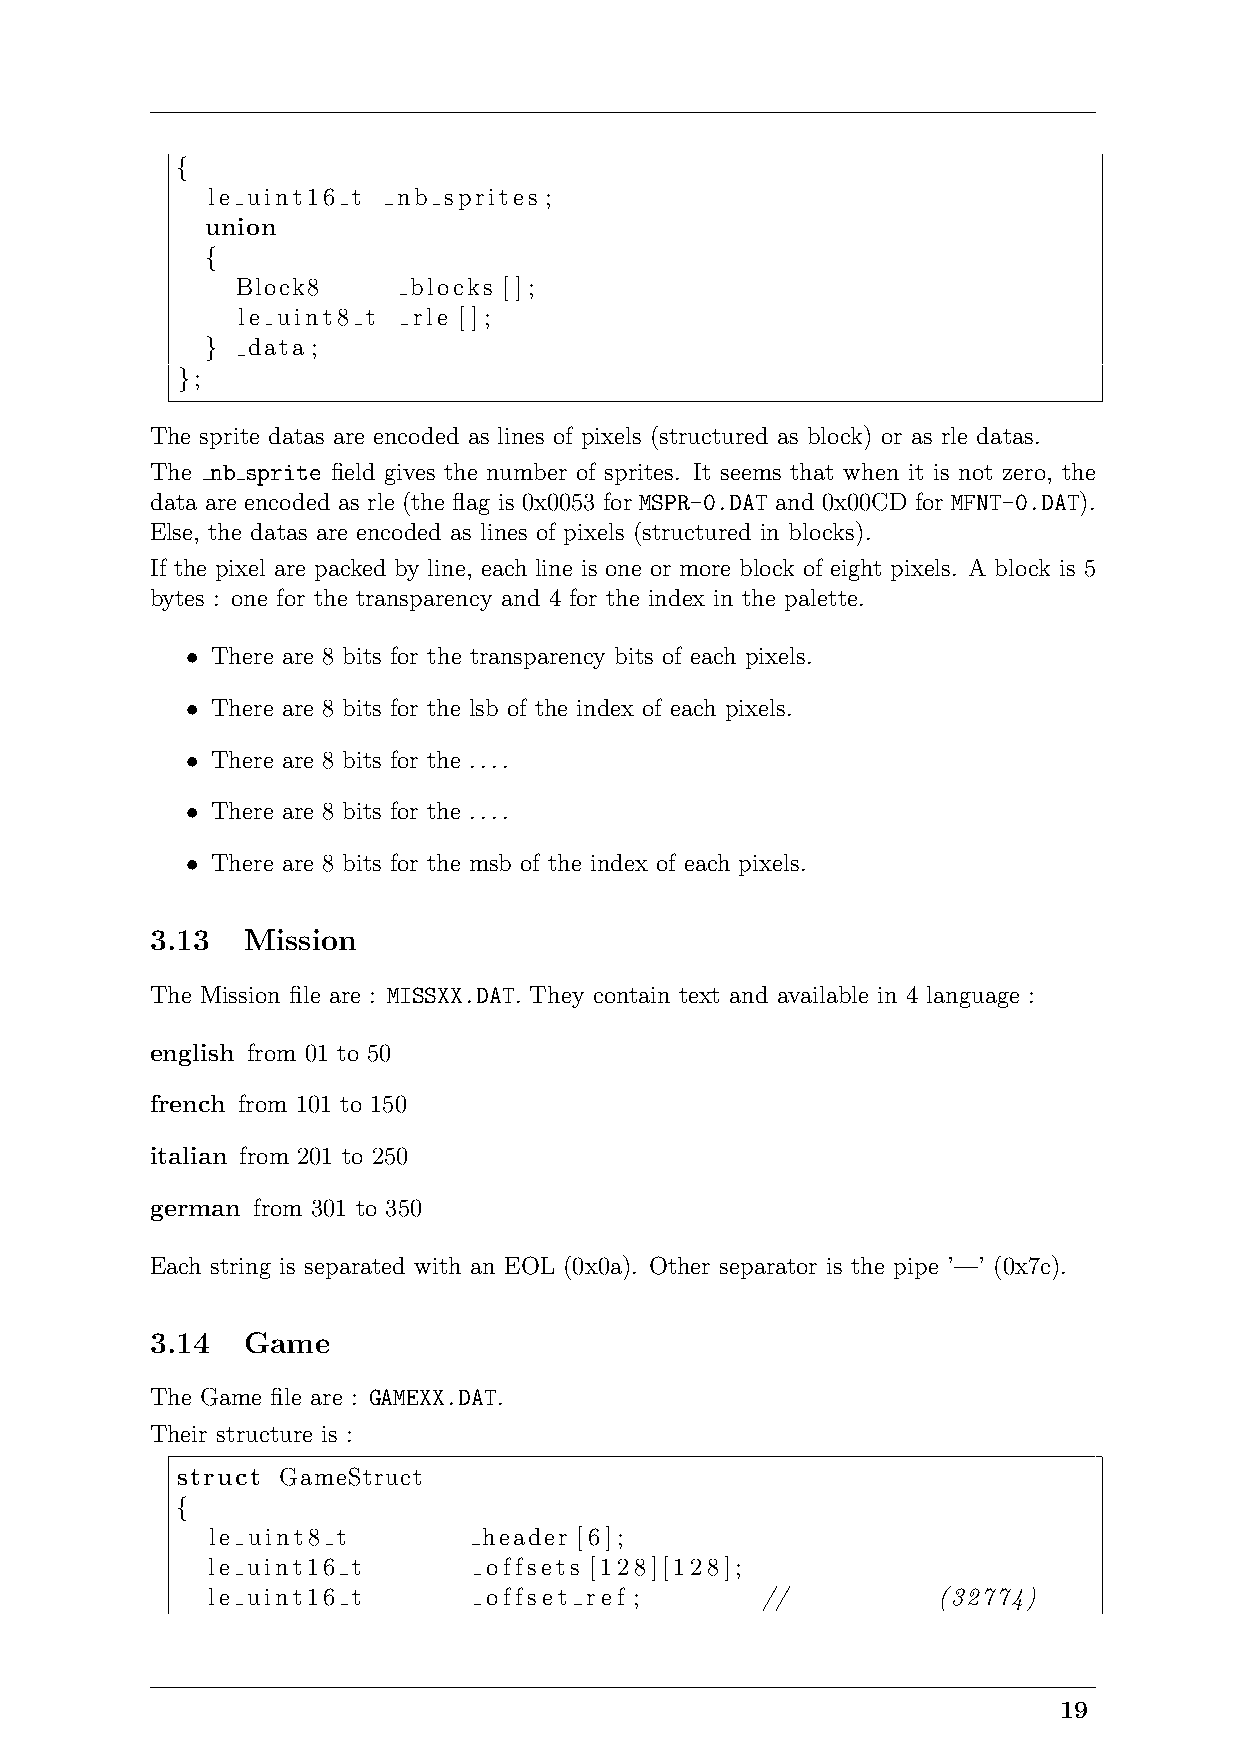
{
 le uint16 t nb sprites ;
 union
 {
 Block8     blocks [];
 le uint8 t rle [];
 } data ;
 };
 The sprite datas are encoded as lines of pixels (structured as block) or as rle datas.
 The nb sprite field gives the number of sprites. It seems that when it is not zero, the
 data are encoded as rle (the flag is 0x0053 for MSPR-0.DAT and 0x00CD for MFNT-0.DAT).
 Else, the datas are encoded as lines of pixels (structured in blocks).
 If the pixel are packed by line, each line is one or more block of eight pixels. A block is 5
 bytes : one for the transparency and 4 for the index in the palette.
 • There are 8 bits for the transparency bits of each pixels.
 • There are 8 bits for the lsb of the index of each pixels.
 • There are 8 bits for the ....
 • There are 8 bits for the ....
 • There are 8 bits for the msb of the index of each pixels.
 3.13  Mission
 The Mission file are : MISSXX.DAT. They contain text and available in 4 language :
 english from 01 to 50
 french from 101 to 150
 italian from 201 to 250
 german from 301 to 350
 Each string is separated with an EOL (0x0a). Other separator is the pipe ’—’ (0x7c).
 3.14  Game
 The Game file are : GAMEXX.DAT.
 Their structure is :
 struct GameStruct
 {
 le uint8 t        header [6];
 le uint16 t       offsets [128][128];
 le uint16 t       offset ref ;      //          (32774)
 19